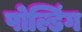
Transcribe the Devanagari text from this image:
पोल्डिंग